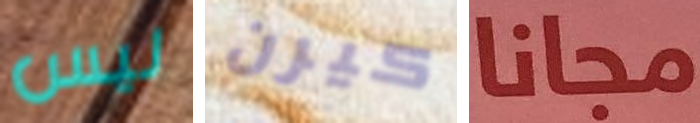
ليس كيرن مجانا